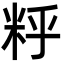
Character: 䉿